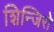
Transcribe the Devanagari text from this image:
शिन्जिरो